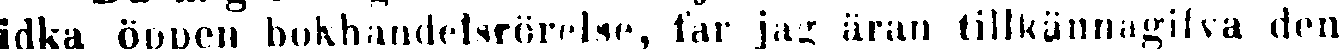
idka öppen bokhandelsrörelse, får jag äran tillkännagifva den